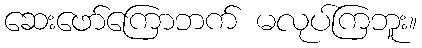
ဆေးဖော်ကြောဘက် မလုပ်ကြဘူး။